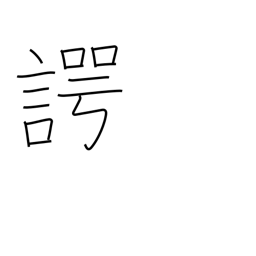
Meaning: speaking the truth